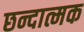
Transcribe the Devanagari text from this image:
छन्दात्मक